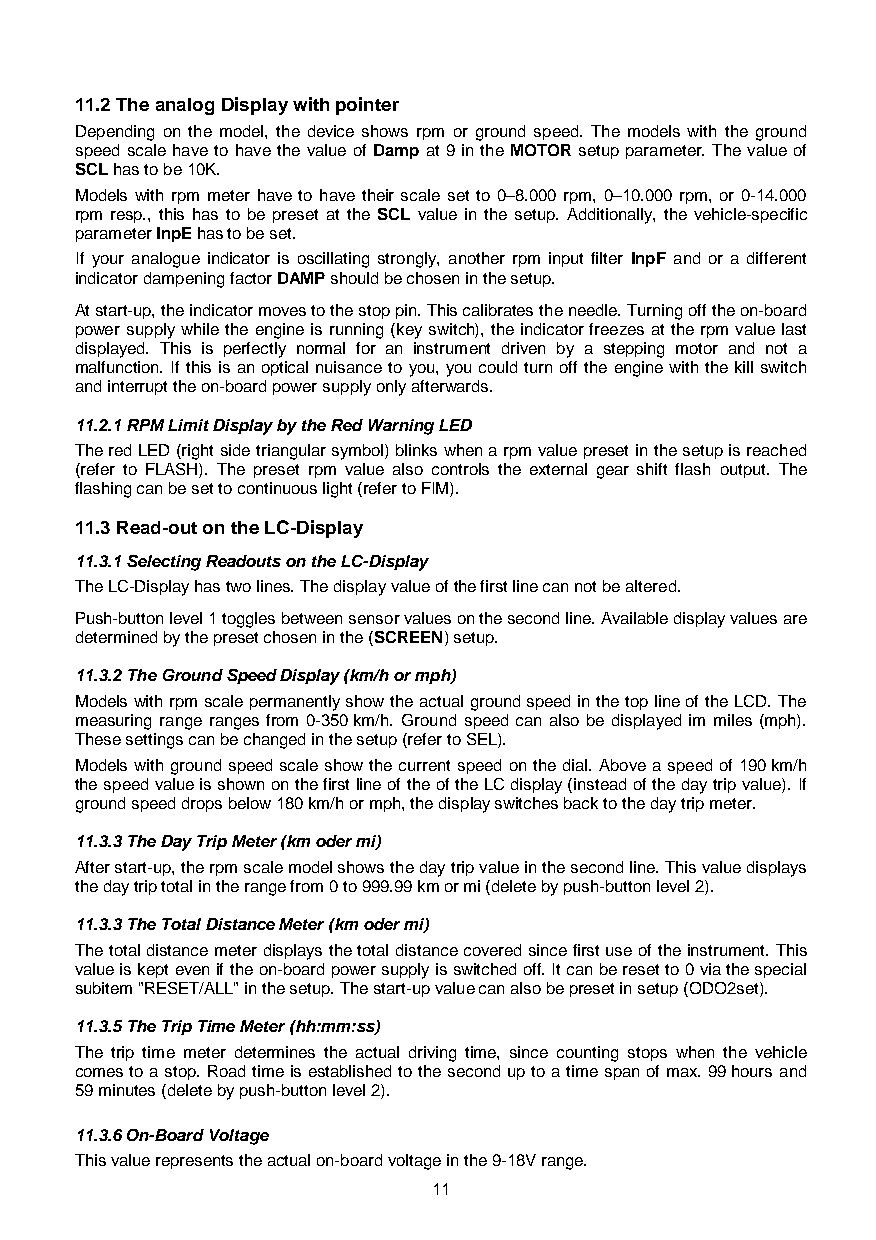
11.2 The analog Display with pointer
 Depending on the model, the device shows rpm or ground speed. The models with the ground
 speed scale have to have the value of Damp at 9 in the MOTOR setup parameter. The value of
 SCL has to be 10K.
 Models with rpm meter have to have their scale set to 0–8.000 rpm, 0–10.000 rpm, or 0-14.000
 rpm resp., this has to be preset at the SCL value in the setup. Additionally, the vehicle-specific
 parameter InpE has to be set.
 If your analogue indicator is oscillating strongly, another rpm input filter InpF and or a different
 indicator dampening factor DAMP should be chosen in the setup.
 At start-up, the indicator moves to the stop pin. This calibrates the needle. Turning off the on-board
 power supply while the engine is running (key switch), the indicator freezes at the rpm value last
 displayed. This is perfectly normal for an instrument driven by a stepping motor and not a
 malfunction. If this is an optical nuisance to you, you could turn off the engine with the kill switch
 and interrupt the on-board power supply only afterwards.
 11.2.1 RPM Limit Display by the Red Warning LED
 The red LED (right side triangular symbol) blinks when a rpm value preset in the setup is reached
 (refer to FLASH). The preset rpm value also controls the external gear shift flash output. The
 flashing can be set to continuous light (refer to FIM).
 11.3 Read-out on the LC-Display
 11.3.1 Selecting Readouts on the LC-Display
 The LC-Display has two lines. The display value of the first line can not be altered.
 Push-button level 1 toggles between sensor values on the second line. Available display values are
 determined by the preset chosen in the (SCREEN) setup.
 11.3.2 The Ground Speed Display (km/h or mph)
 Models with rpm scale permanently show the actual ground speed in the top line of the LCD. The
 measuring range ranges from 0-350 km/h. Ground speed can also be displayed im miles (mph).
 These settings can be changed in the setup (refer to SEL).
 Models with ground speed scale show the current speed on the dial. Above a speed of 190 km/h
 the speed value is shown on the first line of the of the LC display (instead of the day trip value). If
 ground speed drops below 180 km/h or mph, the display switches back to the day trip meter.
 11.3.3 The Day Trip Meter (km oder mi)
 After start-up, the rpm scale model shows the day trip value in the second line. This value displays
 the day trip total in the range from 0 to 999.99 km or mi (delete by push-button level 2).
 11.3.3 The Total Distance Meter (km oder mi)
 The total distance meter displays the total distance covered since first use of the instrument. This
 value is kept even if the on-board power supply is switched off. It can be reset to 0 via the special
 subitem "RESET/ALL" in the setup. The start-up value can also be preset in setup (ODO2set).
 11.3.5 The Trip Time Meter (hh:mm:ss)
 The trip time meter determines the actual driving time, since counting stops when the vehicle
 comes to a stop. Road time is established to the second up to a time span of max. 99 hours and
 59 minutes (delete by push-button level 2).
 11.3.6 On-Board Voltage
 This value represents the actual on-board voltage in the 9-18V range.
 11